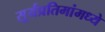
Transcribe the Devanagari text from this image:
सूर्यप्रतिमांमध्ये